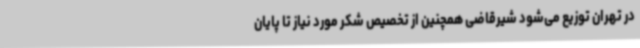
در تهران توزیع می‌شود شیرقاضی همچنین از تخصیص شکر مورد نیاز تا پایان